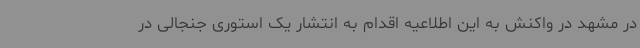
در مشهد در واکنش به این اطلاعیه اقدام به انتشار یک استوری جنجالی در